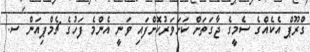
ގްރޫޕް އެކެއްގެ ސެމީގެ ޖާގަތަށް ކަށަވަރުކޮށްފައި ވަނީ އެންމެ ފަހުގެ ޗެމްޕިއަން ސ.